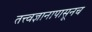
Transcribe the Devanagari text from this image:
तत्त्वज्ञानापासूनच